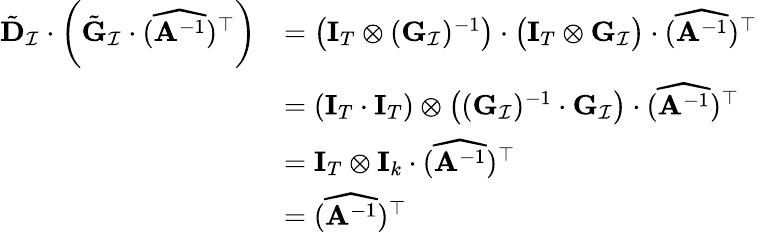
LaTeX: \begin{array}{rl}{\tilde{\mathbf{D}}_{\mathcal{I}}\cdot\left(\tilde{\mathbf{G}}_{\mathcal{I}}\cdot(\widehat{\mathbf{A}^{-1}})^{\top}\right)}&{=\big(\mathbf{I}_{T}\otimes(\mathbf{G}_{\mathcal{I}})^{-1}\big)\cdot\big(\mathbf{I}_{T}\otimes\mathbf{G}_{\mathcal{I}}\big)\cdot(\widehat{\mathbf{A}^{-1}})^{\top}}\\ &{=(\mathbf{I}_{T}\cdot\mathbf{I}_{T})\otimes\left((\mathbf{G}_{\mathcal{I}})^{-1}\cdot\mathbf{G}_{\mathcal{I}}\right)\cdot(\widehat{\mathbf{A}^{-1}})^{\top}}\\ &{=\mathbf{I}_{T}\otimes\mathbf{I}_{k}\cdot(\widehat{\mathbf{A}^{-1}})^{\top}}\\ &{=(\widehat{\mathbf{A}^{-1}})^{\top}}\end{array}